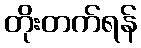
တိုးတက်ရန်